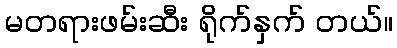
မတရားဖမ်းဆီး ရိုက်နှက် တယ်။